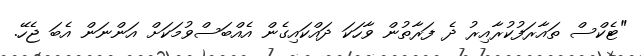
"ޓެކްސް ތައާރަފުކުރާއިރު ދެ ފަރާތުން ވާހަކަ ދައްކައިގެން އެއްބަސްވުމަކަށް އަންނަން އެބަ ޖެހޭ.